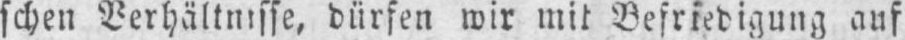
schen Verhältnisse, dürfen wir mit Befriedigung auf